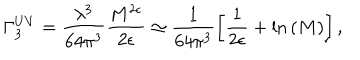
\Gamma _ { 3 } ^ { U V } = \frac { \lambda ^ { 3 } } { 6 4 \pi ^ { 3 } } \frac { M ^ { 2 \epsilon } } { 2 \epsilon } \simeq \frac { 1 } { 6 4 \pi ^ { 3 } } \left[ \frac { 1 } { 2 \epsilon } + \mathrm { l n } \left( M \right) \right] ,